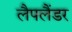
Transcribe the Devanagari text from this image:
लैपलैंडर